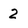
Character: 2